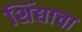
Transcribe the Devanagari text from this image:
शिंद्याचा